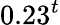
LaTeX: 0.23^{t}